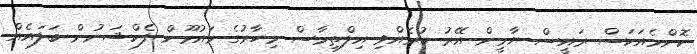
ކޮންމެއަކަސް ރައީސް ޔާމީން އޭރު ކުރެއްވި އިލްތިމާސް މިހާރުގެ މައުމޫން ފެކްޝަނުން ބަލައެއް